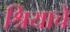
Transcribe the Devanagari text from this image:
श्रियाचे